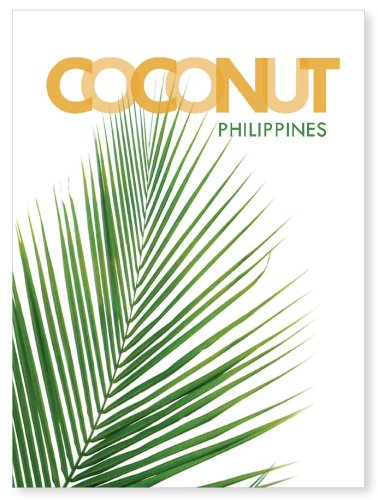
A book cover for COCONUT Philippines; Lalaine Villafuerte-Abonal; Health, Fitness & Dieting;